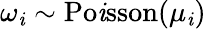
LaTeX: \omega_{\mathit{i}}\sim{\mathrm{{Po\mathit{i}sson}}}(\mu_{\mathit{i}})